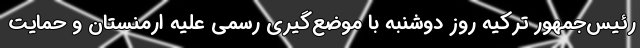
رئیس‌جمهور ترکیه روز دوشنبه با موضع‌گیری رسمی علیه ارمنستان و حمایت